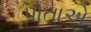
પોતાએ